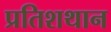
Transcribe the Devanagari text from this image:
प्रतिशथान